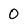
Character: 0